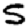
Digit: 5